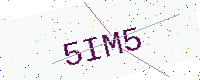
Text: 5IM5